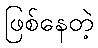
ဖြစ်နေတဲ့